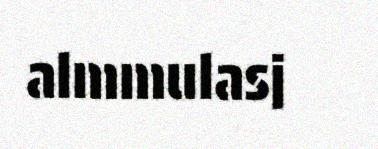
almmulasj